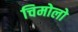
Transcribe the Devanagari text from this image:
चिमोलो